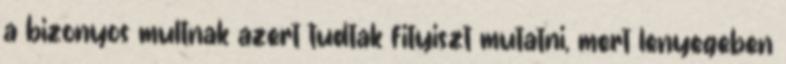
a bizonyos multnak azert tudtak fityiszt mutatni, mert lenyegeben